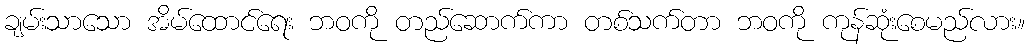
ချမ်းသာသော အိမ်ထောင်ရေး ဘဝကို တည်ဆောက်ကာ တစ်သက်တာ ဘဝကို ကုန်ဆုံးစေမည်လား။